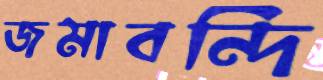
জমাবন্দি